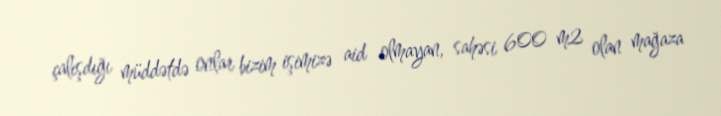
çalışdığı müddətdə onlar bizim işimizə aid olmayan, sahəsi 600 m2 olan mağaza